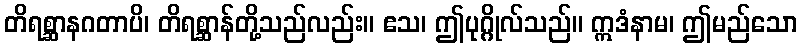
တိရစ္ဆာနဂတာပိ၊ တိရစ္ဆာန်တို့သည်လည်း။ ဧသ၊ ဤပုဂ္ဂိုလ်သည်။ ဣဒံနာမ၊ ဤမည်သော